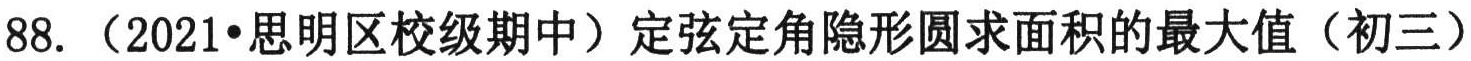
88. （2021·思明区校级期中）定弦定角隐形圆求面积的最大值（初三）